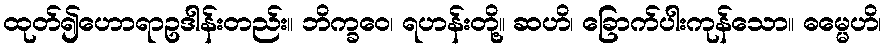
ထုတ်၍ဟောရာဥဒါန်းတည်း။ ဘိက္ခဝေ၊ ရဟန်းတို့။ ဆဟိ၊ ခြောက်ပါးကုန်သော။ ဓမ္မေဟိ၊